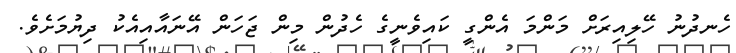
ހެނދުނު ހޭލިއިރަށް މަންމަ އެންގީ ކައިވެނީގެ ހެދުން މިން ޖަހަން އޭނައާއިއެކު ދިޔުމަށެވެ.